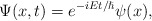
\begin{align*}\Psi(x,t)=e^{-iEt/\hslash}\psi(x),\end{align*}